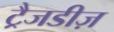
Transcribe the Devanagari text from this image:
ट्रैजडीज़